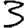
Digit: 3